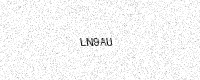
Text: LN9AU